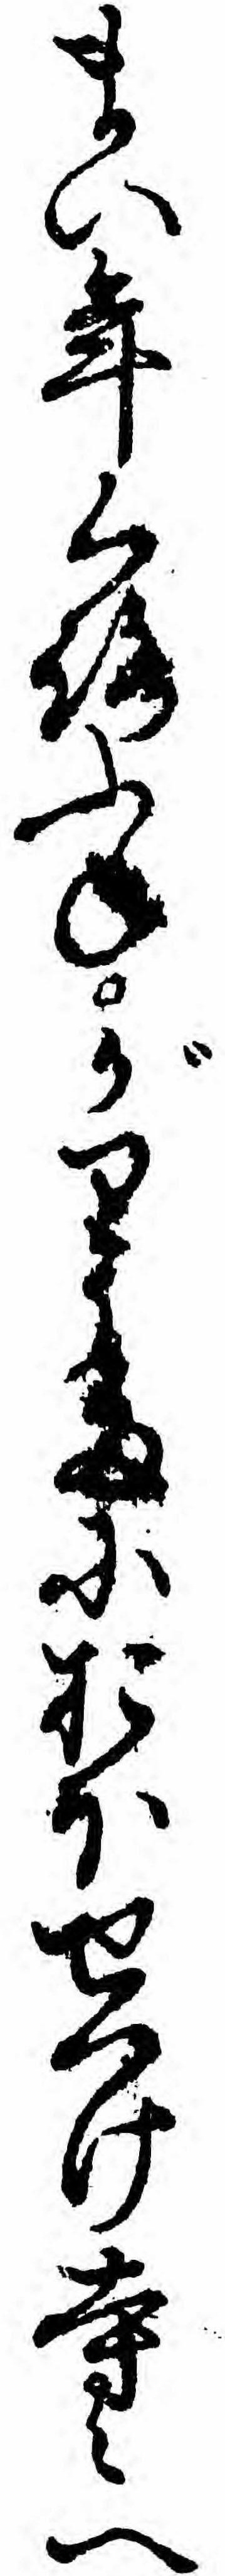
まい年くろふねがりうたにおほせつけ寺々へ